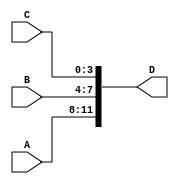
module concatenation_example (
    input [3:0] A,
    input [3:0] B,
    input [3:0] C,
    output [11:0] D
);

assign D = {A, B, C};

endmodule